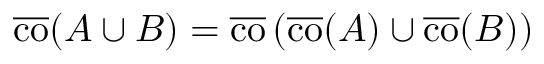
{ \overline { { \operatorname { c o } } } } ( A \cup B ) = { \overline { { \operatorname { c o } } } } \left( { \overline { { \operatorname { c o } } } } ( A ) \cup { \overline { { \operatorname { c o } } } } ( B ) \right)